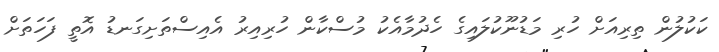
ކަކުލުން ތިރިއަށް ހުރި މަޑުނޫކުލައިގެ ހެދުމާއެކު މުސްކާން ހުރިއިރު އެއިސްތަށިގަނޑު އޮތީ ފަހަތަށް